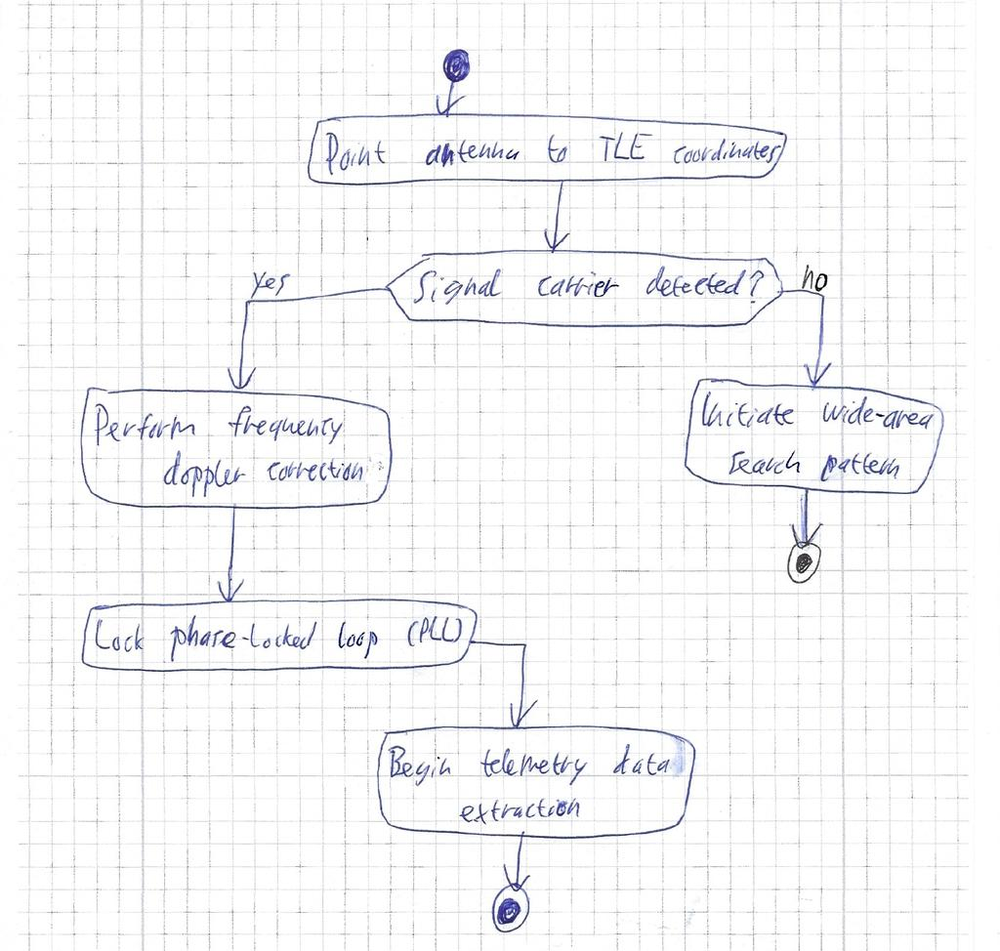
Diagram type: activity_diagram
```plantuml
@startuml

start

:Point antenna to TLE coordinates;

if (Signal carrier detected?) then (yes)
  :Perform frequency doppler correction;
  :Lock phase-locked loop (PLL);
else (no)
  :Initiate wide-area search pattern;
  stop
endif

:Begin telemetry data extraction;

stop

@enduml
```